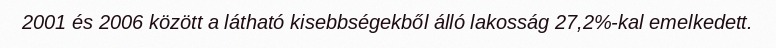
2001 és 2006 között a látható kisebbségekből álló lakosság 27,2%-kal emelkedett.